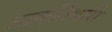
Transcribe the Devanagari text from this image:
आकृतिधारी